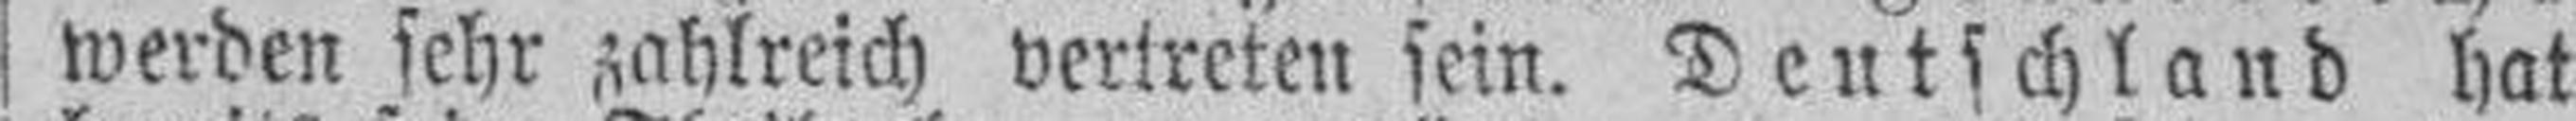
werden sehr zahlreich vertreten sein. Deutschland hat